Report of the Indian Hemp Drugs Commission, 1894-1895 - Volume VIII
Year: 1894
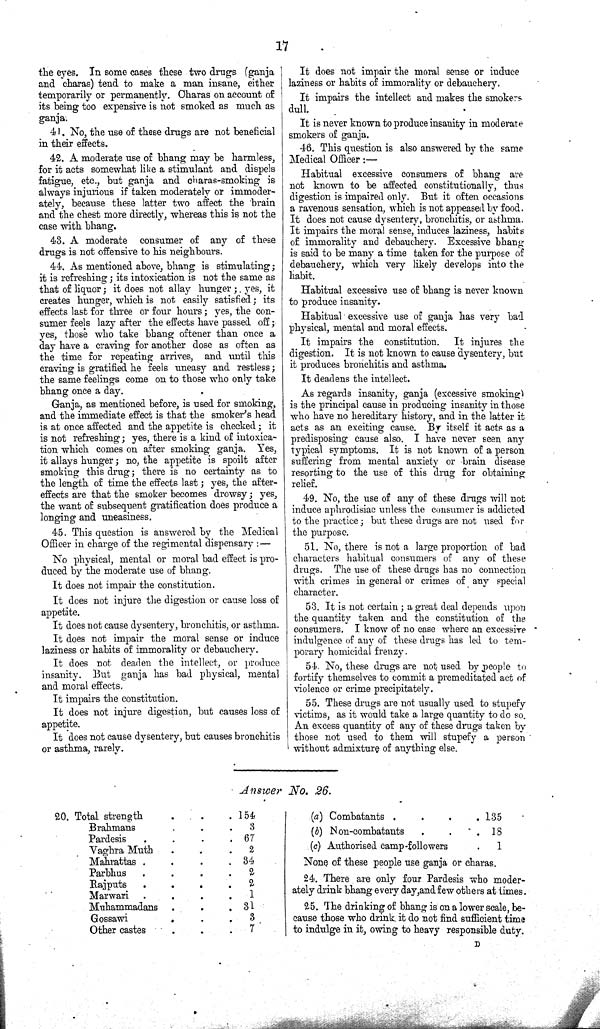
17
the eyes. In some cases these two drugs (ganja
and charas) tend to make a man insane, either
temporarily or permanently. Charas on account of
its being too expensive is not smoked as much as
ganja.
41. No, the use of these drugs are not beneficial
in their effects.
42. A moderate use of bhang may be harmless,
for it acts somewhat like a stimulant and dispels
fatigue, etc., but ganja and charas-smoking is
always injurious if taken moderately or immoder-
ately, because these latter two affect the brain
and the chest more directly, whereas this is not the
case with bhang.
43. A moderate consumer of any of these
drugs is not offensive to his neighbours.
44. As mentioned above, bhang is stimulating;
it is refreshing; its intoxication is not the same as
that of liquor; it does not allay hunger; yes, it
creates hunger, which is not easily satisfied; its
effects last for three or four hours; yes, the con-
sumer feels lazy after the effects have passed off;
yes, those who take bhang oftener than once a
day have a craving for another dose as often as
the time for repeating arrives, and until this
craving is gratified he feels uneasy and restless;
the same feelings come on to those who only take
bhang once a day.
Ganja, as mentioned before, is used for smoking,
and the immediate effect is that the smoker's head
is at once affected and the appetite is checked; it
is not refreshing; yes, there is a kind of intoxica-
tion which comes on after smoking ganja. Yes,
it allays hunger; no, the appetite is spoilt after
smoking this drug; there is no certainty as to
the length of time the effects last; yes, the after-
effects are that the smoker becomes drowsy; yes,
the want of subsequent gratification does produce a
longing and uneasiness.
45. This question is answered by the Medical
Officer in charge of the regimental dispensary:—
No physical, mental or moral bad effect is pro-
duced by the moderate use of bhang.
It does not impair the constitution.
It does not injure the digestion or cause loss of
appetite.
It does not cause dysentery, bronchitis, or asthma.
It does not impair the moral sense or induce
laziness or habits of immorality or debauchery.
It does not deaden the intellect, or produce
insanity. But ganja has bad physical, mental
and moral effects.
It impairs the constitution.
It does not injure digestion, but causes loss of
appetite.
It does not cause dysentery, but causes bronchitis
or asthma, rarely.
It does not impair the moral sense or induce
laziness or habits of immorality or debauchery.
It impairs the intellect and makes the smokers
dull.
It is never known to produce insanity in moderate
smokers of ganja.
46. This question is also answered by the same
Medical Officer:—
Habitual excessive consumers of bhang are
not known to be affected constitutionally, thus
digestion is impaired only. But it often occasions
a ravenous sensation, which is not appeased by food.
It does not cause dysentery, bronchitis, or asthma.
It impairs the moral sense, induces laziness, habits
of immorality and debauchery. Excessive bhang
is said to be many a time taken for the purpose of
debauchery, which very likely develops into the
habit.
Habitual excessive use of bhang is never known
to produce insanity.
Habitual excessive use of ganja has very bad
physical, mental and moral effects.
It impairs the constitution. It injures the
digestion. It is not known to cause dysentery, but
it produces bronchitis and asthma.
It deadens the intellect.
As regards insanity, ganja (excessive smoking)
is the principal cause in producing insanity in those
who have no hereditary history, and in the latter it
acts as an exciting cause. By itself it acts as a
predisposing cause also. I have never seen any
typical symptoms. It is not known of a person
suffering from mental anxiety or brain disease
resorting to the use of this drug for obtaining
relief.
49. No, the use of any of these drugs will not
induce aphrodisiac unless the consumer is addicted
to the practice; but these drugs are not used for
the purpose.
51. No, there is not a large proportion of bad
characters habitual consumers of any of these
drugs. The use of these drugs has no connection
with crimes in general or crimes of any special
character.
53. It is not certain; a great deal depends upon
the quantity taken and the constitution of the
consumers. I know of no case where an excessive
indulgence of any of these drugs has led to tem-
porary homicidal frenzy.
54. No, these drugs are not used by people to
fortify themselves to commit a premeditated act of
violence or crime precipitately.
55. These drugs are not usually used to stupefy
victims, as it would take a large quantity to do so.
An excess quantity of any of these drugs taken by
those not used to them will stupefy a person
without admixture of anything else.
Answer No. 26.
20. Total strength
154
Brahmans
3
Pardesis
67
Vaghra Muth
2
Mahrattas
34
Parbhus
2
Rajputs
2
Marwari
1
Muhammadans
31
Gossawi
3
Other castes
7
(a) Combatants
135
(b) Non-combatants
18
(c) Authorised camp-followers
1
None of these people use ganja or charas.
24. There are only four Pardesis who moder-
ately drink bhang every day, and few others at times.
25. The drinking of bhang is on a lower scale, be-
cause those who drink, it do not find sufficient time
to indulge in it, owing to heavy responsible duty.
D